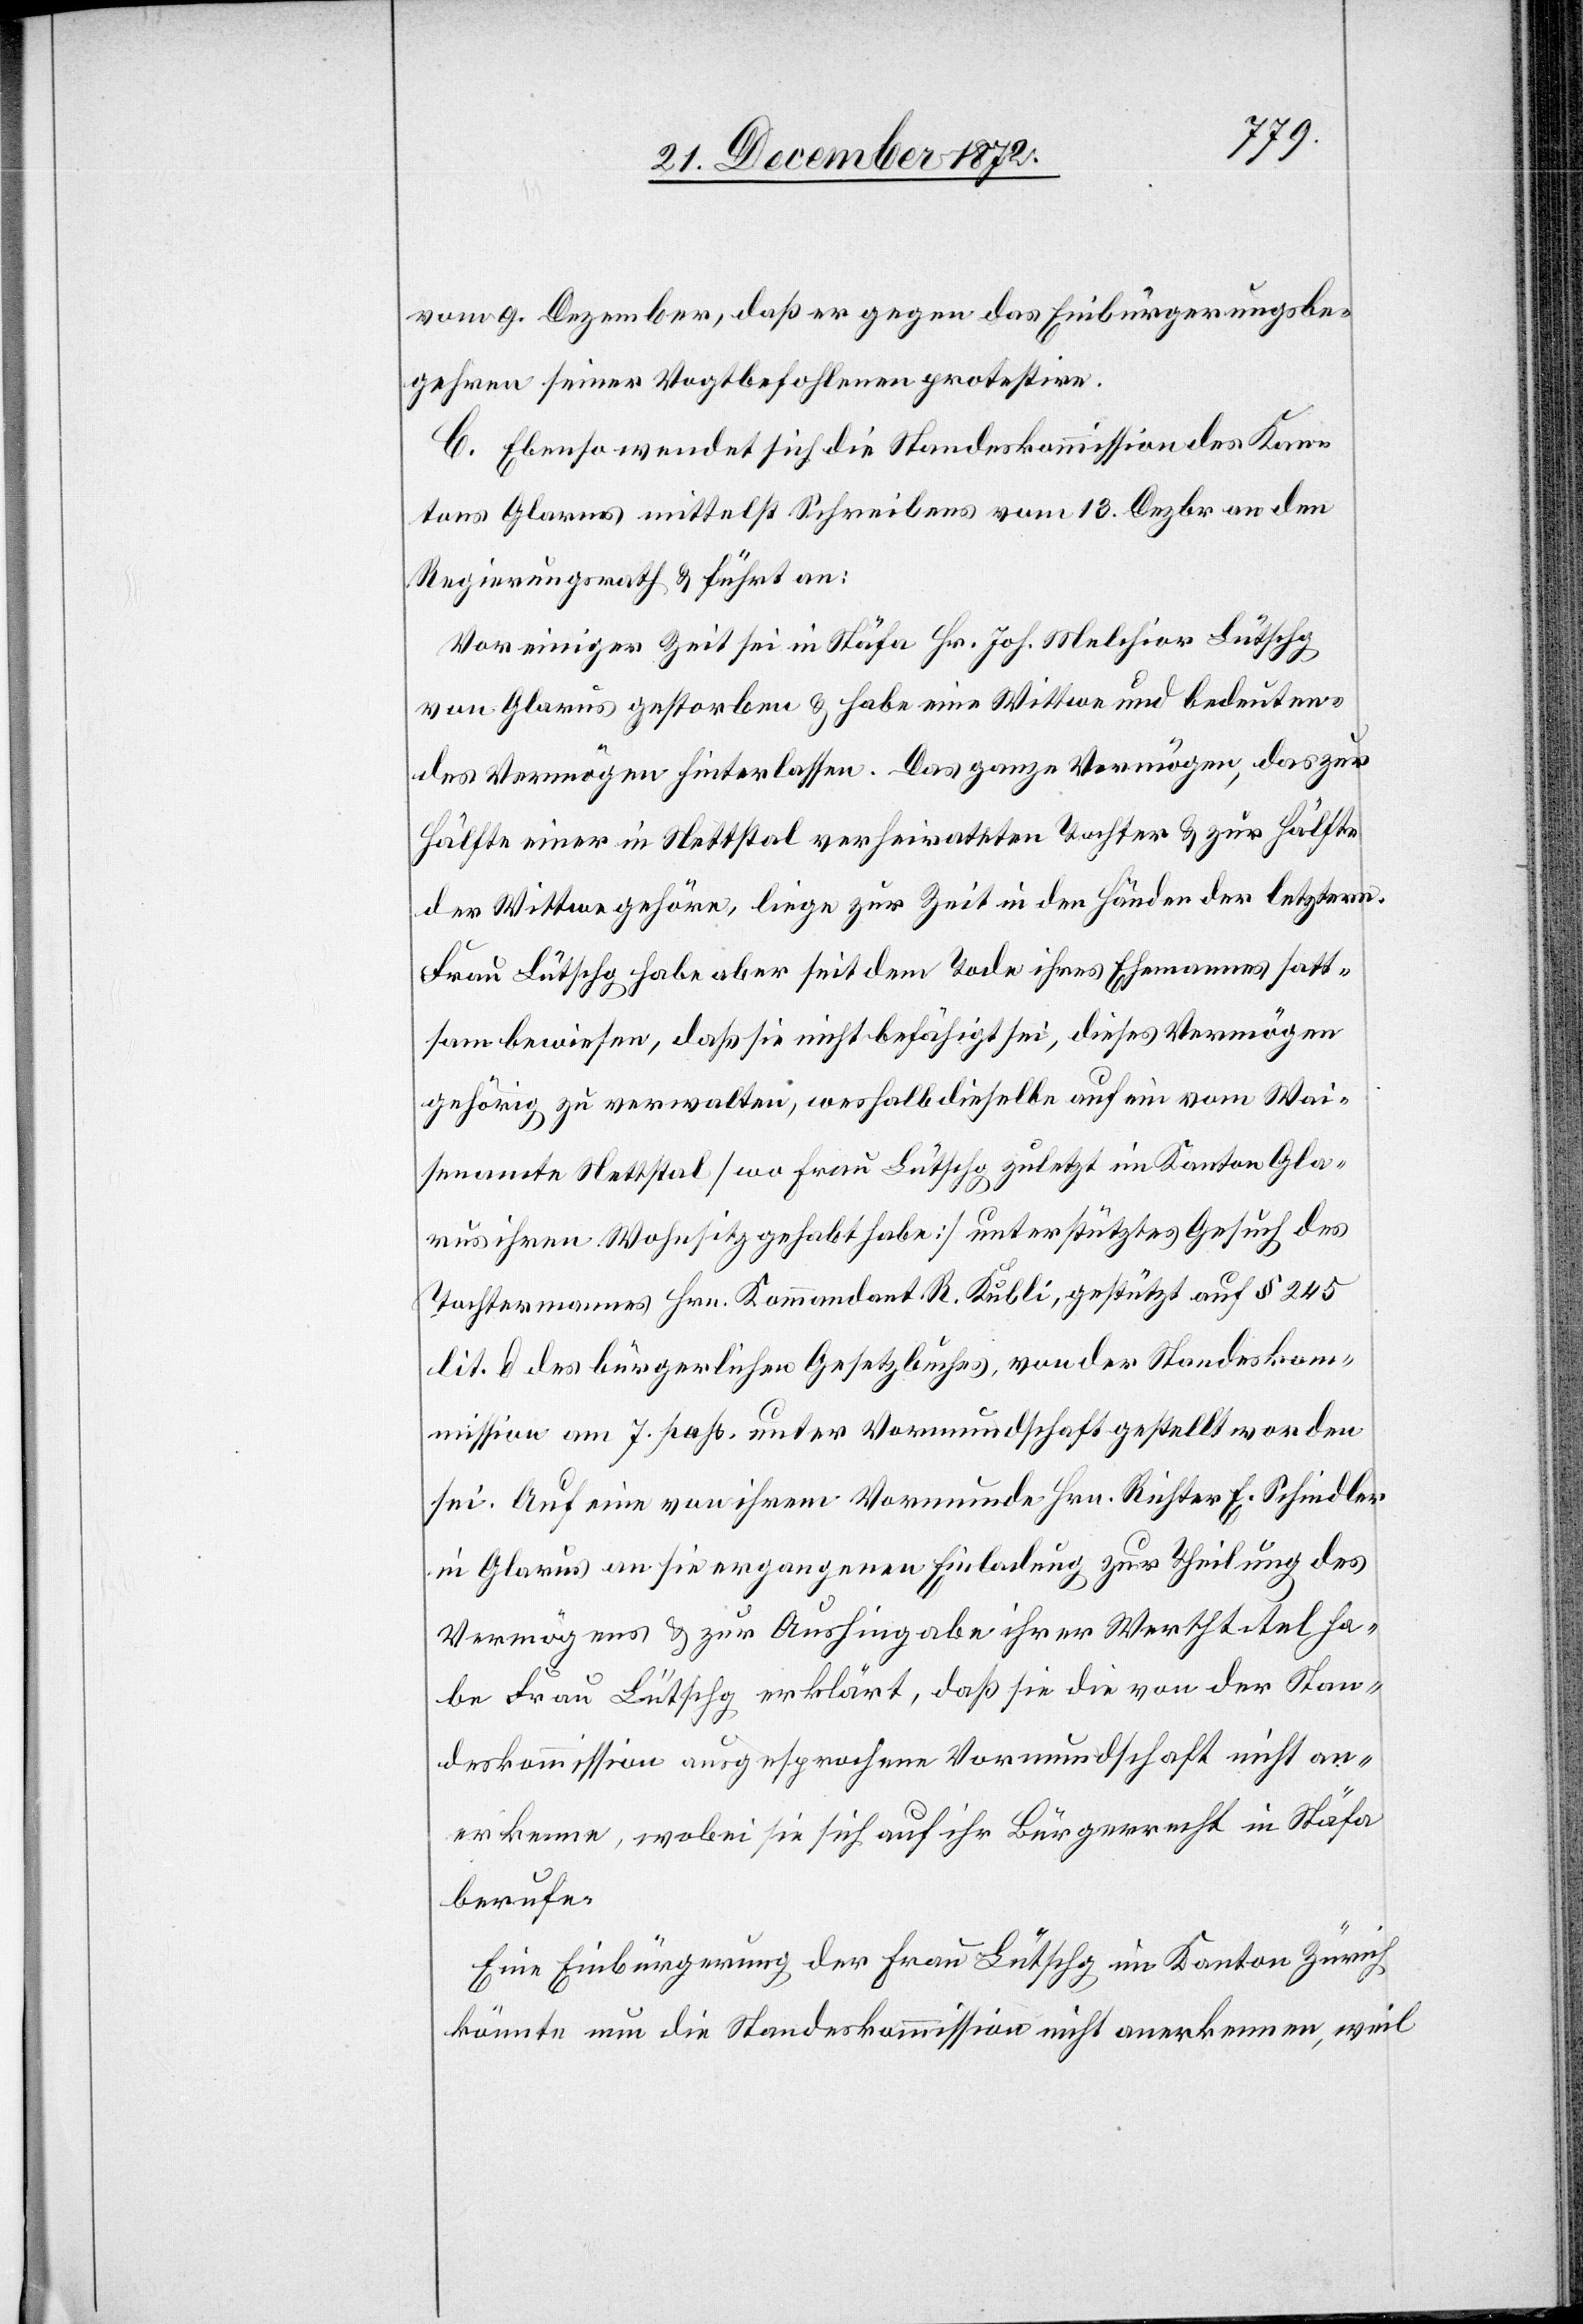
vom 9. Dezember, daß er gegen das Einbürgerungsbe¬
gehren seiner Vogtbefohlenen protestire.
C. Ebenso wendet sich die Standeskommission des Kan¬
tons Glarus mittelst Schreibens vom 13. Dezbr. an den
Regierungsrath u. führt an:
Vor einiger Zeit sei in Stäfa Hr. Joh. Melchior Lütschg
von Glarus gestorben u. habe eine Wittwe und bedeuten¬
des Vermögen hinterlassen. Das ganze Vermögen, das zur
Hälfte einer in Nettstal verheirateten Tochter u. zur Hälfte
der Wittwe gehöre, liege zur Zeit in den Händen der letztern.
Frau Lütschg habe aber seit dem Tode ihres Ehemannes satt¬
sam bewiesen, daß sie nicht befähigt sei, dieses Vermögen
gehörig zu verwalten, weshalb dieselbe auf ein vom Wai¬
senamte Nettstal [wo Frau Lütschg zuletzt im Kanton Gla¬
rus ihren Wohnsitz gehabt habe] unterstütztes Gesuch des
Tochtermannes Hrn. Kommandant R. Kubli, gestützt auf § 245
lit. d des bürgerlichen Gesetzbuches, von der Standeskom¬
mission am 7. paß. unter Vormundschaft gestellt worden
sei. Auf eine von ihrem Vormunde Hrn. Richter E. Schindler
in Glarus an sie ergangenen Einladung zur Theilung des
Vermögens u. zur Aushingabe ihrer Werthtitel ha¬
be Frau Lütschg erklärt, das sie die von der Stan¬
deskommission ausgesprochene Vormundschaft nicht an¬
erkenne, wobei sie sich auf ihr Bürgerrecht in Stäfa
berufe.
Eine Einbürgerung der Frau Lütschg im Kanton Zürich
könnte nun die Standeskommission nicht anerkennen, weil